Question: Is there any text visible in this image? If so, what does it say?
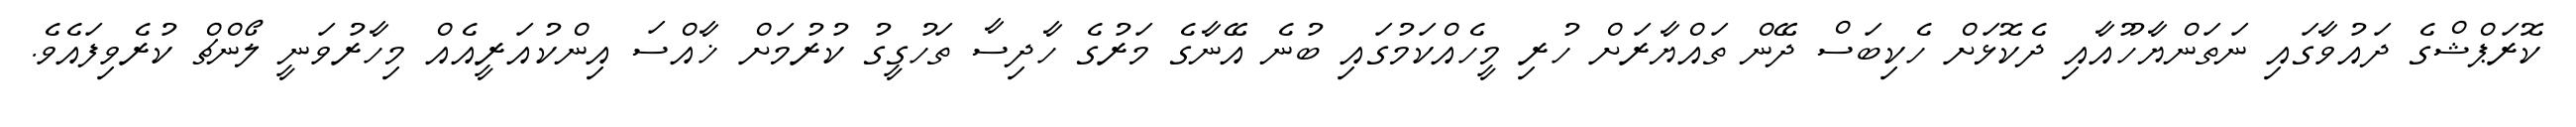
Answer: ކޮރަޕްޝްގެ ދައުވާގައި ނަތަންޔާހޫއާއި ދެކޮޅަށް ހެކިބަސް ދޭން ތައްޔާރަށް ހުރި މީހެއްކަމުގައި ބުނެ އޭނާގެ މަރުގެ ހާދިސާ ތަހުގީގު ކުރުމަށް ޚާއްސަ އިންކުއަރީއެއް މިހާރުވަނީ ލޯންޗް ކުރެވިފައެވެ.